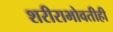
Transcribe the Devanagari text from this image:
शरीराभोवतीही